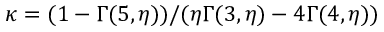
\kappa = ( 1 - \Gamma ( 5 , \eta ) ) / ( \eta \Gamma ( 3 , \eta ) - 4 \Gamma ( 4 , \eta ) )